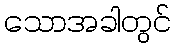
သောအခါတွင်